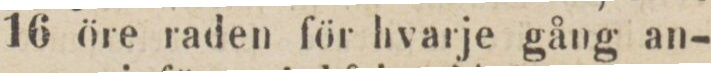
16 öre raden för hvarje gång an-